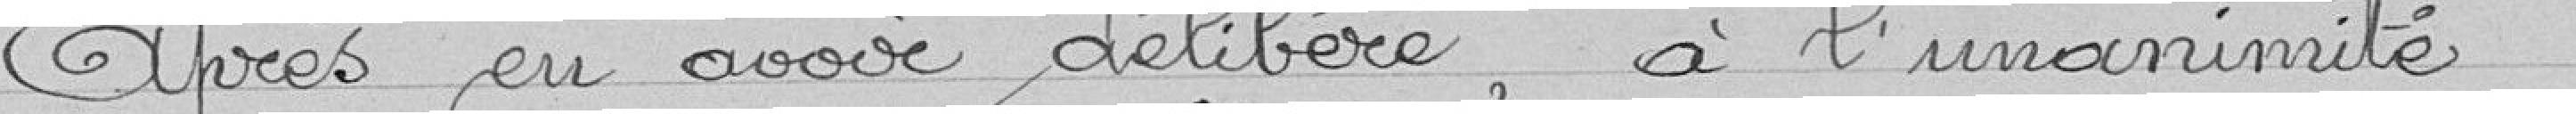
Après en avoir délibéré, à l'unanimité :